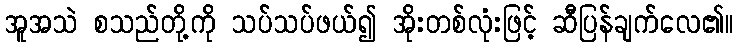
အူအသဲ စသည်တို့ကို သပ်သပ်ဖယ်၍ အိုးတစ်လုံးဖြင့် ဆီပြန်ချက်လေ၏။